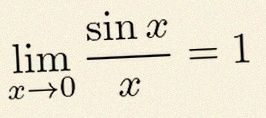
\lim_{x\to0}\frac{\sin x}{x}=1